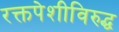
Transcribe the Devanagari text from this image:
रक्तपेशीविरुद्ध